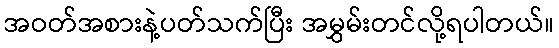
အဝတ်အစားနဲ့ပတ်သက်ပြီး အမွှမ်းတင်လို့ရပါတယ်။